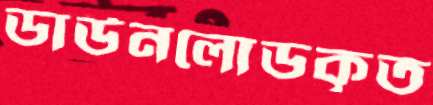
ডাউনলোডকৃত